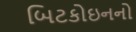
બિટકોઇનનો